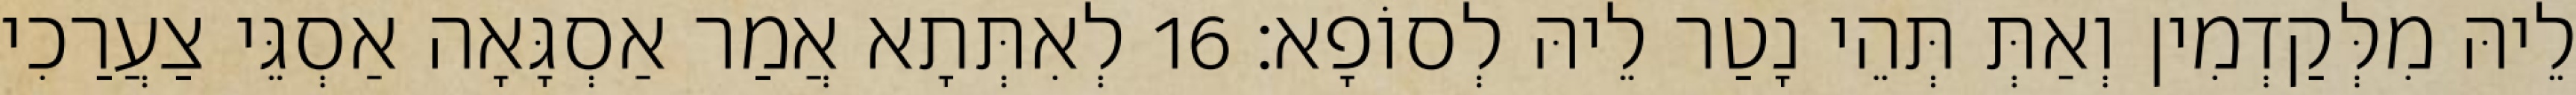
לֵיהּ מִלְּקַדְמִין וְאַתְּ תְּהֵי נָטַר לֵיהּ לְסוֹפָא׃ 16 לְאִתְּתָא אֲמַר אַסְגָּאָה אַסְגֵּי צַעֲרַכִי